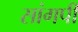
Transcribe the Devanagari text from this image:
सांगपी